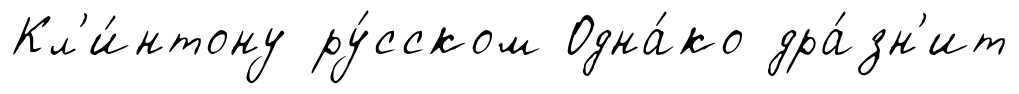
Кл'и́нтону ру́сском Одна́ко дра́зн'ит